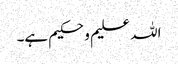
اللہ علیم و حکیم ہے۔